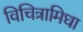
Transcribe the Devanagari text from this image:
विचित्रामिधा